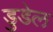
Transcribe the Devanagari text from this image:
डुडेल